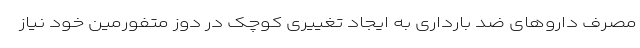
مصرف داروهای ضد بارداری به ایجاد تغییری کوچک در دوز متفورمین خود نیاز